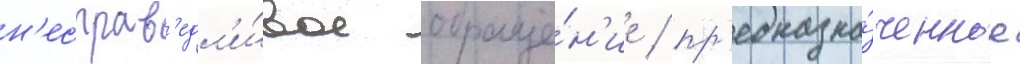
н'есправ'едл'и́вое обраще́н'ие / пр'едназна́ченное